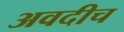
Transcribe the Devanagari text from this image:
अवदीच